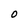
Character: 0